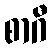
စာဂီ